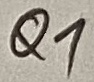
Text: Q1